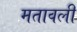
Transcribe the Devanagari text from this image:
मतावली